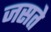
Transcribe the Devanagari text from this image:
जसते